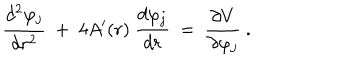
LaTeX: { \frac { d ^ { 2 } \varphi _ { j } } { d r ^ { 2 } } } ~ + ~ 4 A ^ { \prime } ( r ) ~ { \frac { d \varphi _ { j } } { d r } } ~ = ~ { \frac { \partial V } { \partial \varphi _ { j } } } \ .